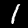
Label: 1